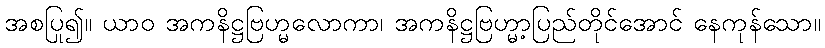
အစပြု၍။ ယာဝ အကနိဋ္ဌဗြဟ္မလောကာ၊ အကနိဋ္ဌဗြဟ္မာ့ပြည်တိုင်အောင် နေကုန်သော။